Indian journal of veterinary science and animal husbandry - Volume 6,
Year: 1936
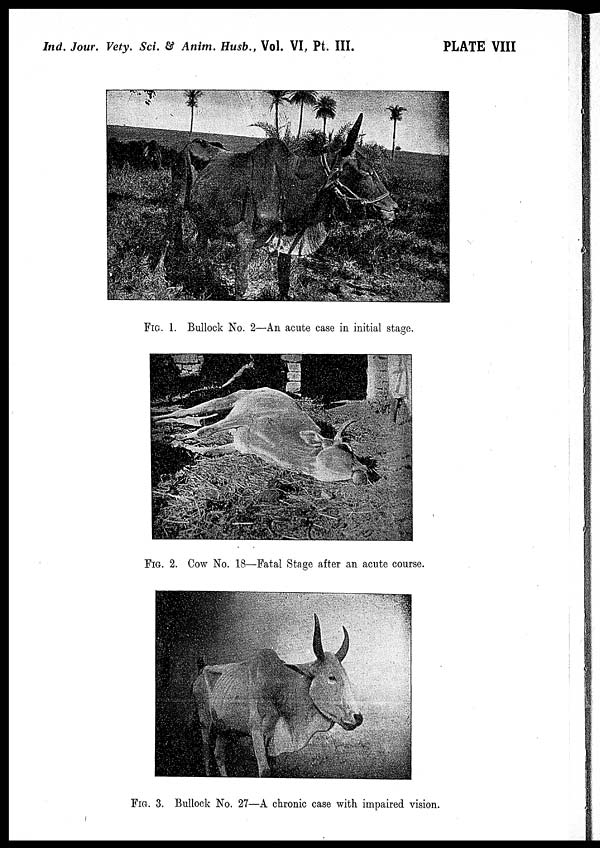
Ind. Jour. Vety. Sci. & Anim. Husb., Vol. VI, Pt. III.
PLATE VIII
FIG. 1. Bullock No. 2—An acute case in initial stage.
FIG. 2. Cow No. 18—Fatal Stage after an acute course.
FIG. 3. Bullock No. 27—A chronic case with impaired vision.